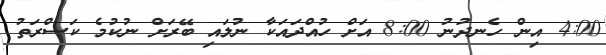
4:00 އިން ހެނދުނު 8:00 އަށް ހުއްދައަކާ ނުލައި ބޭރަށް ނުކުމެ ކަސްރަތު